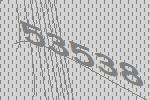
53538